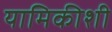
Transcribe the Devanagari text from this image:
यामिकीशी